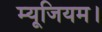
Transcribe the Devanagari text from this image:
म्यूजियम।